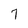
Character: 7